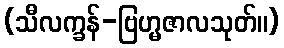
(သီလက္ခန်-ဗြဟ္မဇာလသုတ်။)